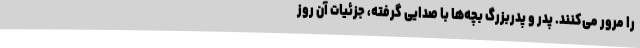
را مرور می‌کنند. پدر و پدربزرگ بچه‌ها با صدایی گرفته، جزئیات آن روز